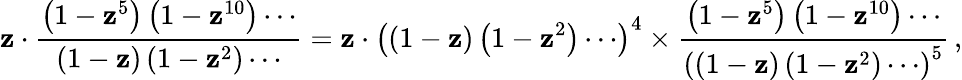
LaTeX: \mathbf{z}\cdot{\frac{{\left(1-\mathbf{z}^{5}\right)\left(1-\mathbf{z}^{10}\right)\cdots}}{{\left(1-\mathbf{z}\right)\left(1-\mathbf{z}^{2}\right)\cdots}}}=\mathbf{z}\cdot\left((1-\mathbf{z})\left(1-\mathbf{z}^{2}\right)\cdots\right)^{4}\times{\frac{{\left(1-\mathbf{z}^{5}\right)\left(1-\mathbf{z}^{10}\right)\cdots}}{{\left(\left(1-\mathbf{z}\right)\left(1-\mathbf{z}^{2}\right)\cdots\right)^{5}}}}\, ,